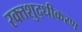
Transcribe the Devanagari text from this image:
रक्तशुद्धीकरण